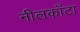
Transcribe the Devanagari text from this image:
नीलकाँटा